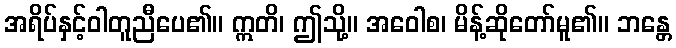
အရိပ်နှင့်ဝါတူညီပေ၏။ ဣတိ၊ ဤသို့။ အဝေါစ၊ မိန့်ဆိုတော်မူ၏။ ဘန္တေ